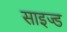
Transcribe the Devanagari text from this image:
साइज्ड